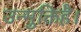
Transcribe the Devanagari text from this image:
उन्मुक्तिहै।